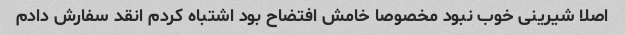
اصلا شیرینی خوب نبود مخصوصا خامش افتضاح بود اشتباه کردم انقد سفارش دادم